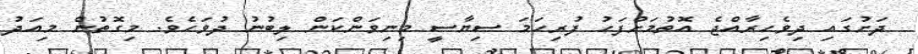
ދަށުގައި ދިވެހިރާއްޖެ އޮތުމަށްފަހު ފުރިހަމަ ސިޔާސީ މިނިވަންކަން ލިބުނު ދުވަހެވެ. މިގޮތުން މިއަދު